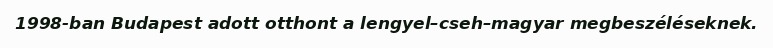
1998-ban Budapest adott otthont a lengyel–cseh–magyar megbeszéléseknek.